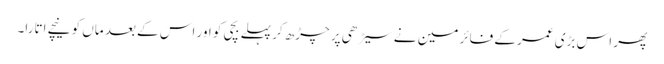
پھر اس بڑی عمر کے فائر مین نے سیڑھی پر چڑھ کر پہلے بچی کو اور اس کے بعد ماں کو نیچے اتارا۔